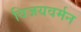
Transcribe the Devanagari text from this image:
विजयवर्मन